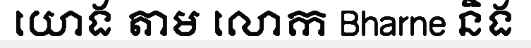
យោង តាម លោក Bharne និង